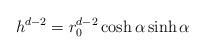
LaTeX: \begin{align*}h^{d-2} = r_0^{d-2} \cosh \alpha \sinh \alpha\end{align*}